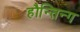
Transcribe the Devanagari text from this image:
हौन्तिन्ग